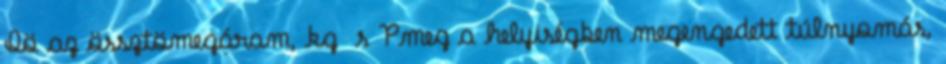
Qö az össztömegáram, kg s Pmeg a helyiségben megengedett túlnyomás,